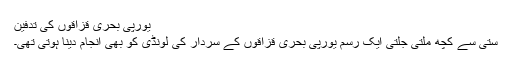
یورپی بحری قزاقوں کی تدفین
ستی سے کچھ ملتی جلتی ایک رسم یورپی بحری قزاقوں کے سردار کی لونڈی کو بھی انجام دینا ہوتی تھی۔